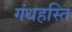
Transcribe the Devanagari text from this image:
गंधहस्ति